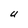
Character: U